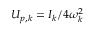
U _ { p , k } = { I } _ { k } / 4 \omega _ { k } ^ { 2 }